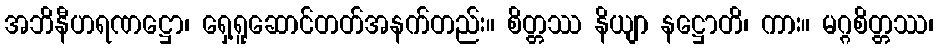
အဘိနီဟရဏဋ္ဌော၊ ရှေ့ရူဆောင်တတ်အနက်တည်း။ စိတ္တဿ နိယျာ နဋ္ဌောတိ၊ ကား။ မဂ္ဂစိတ္တဿ၊